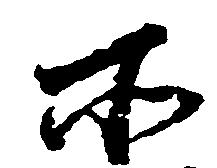
所